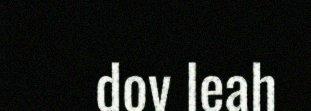
dov leah